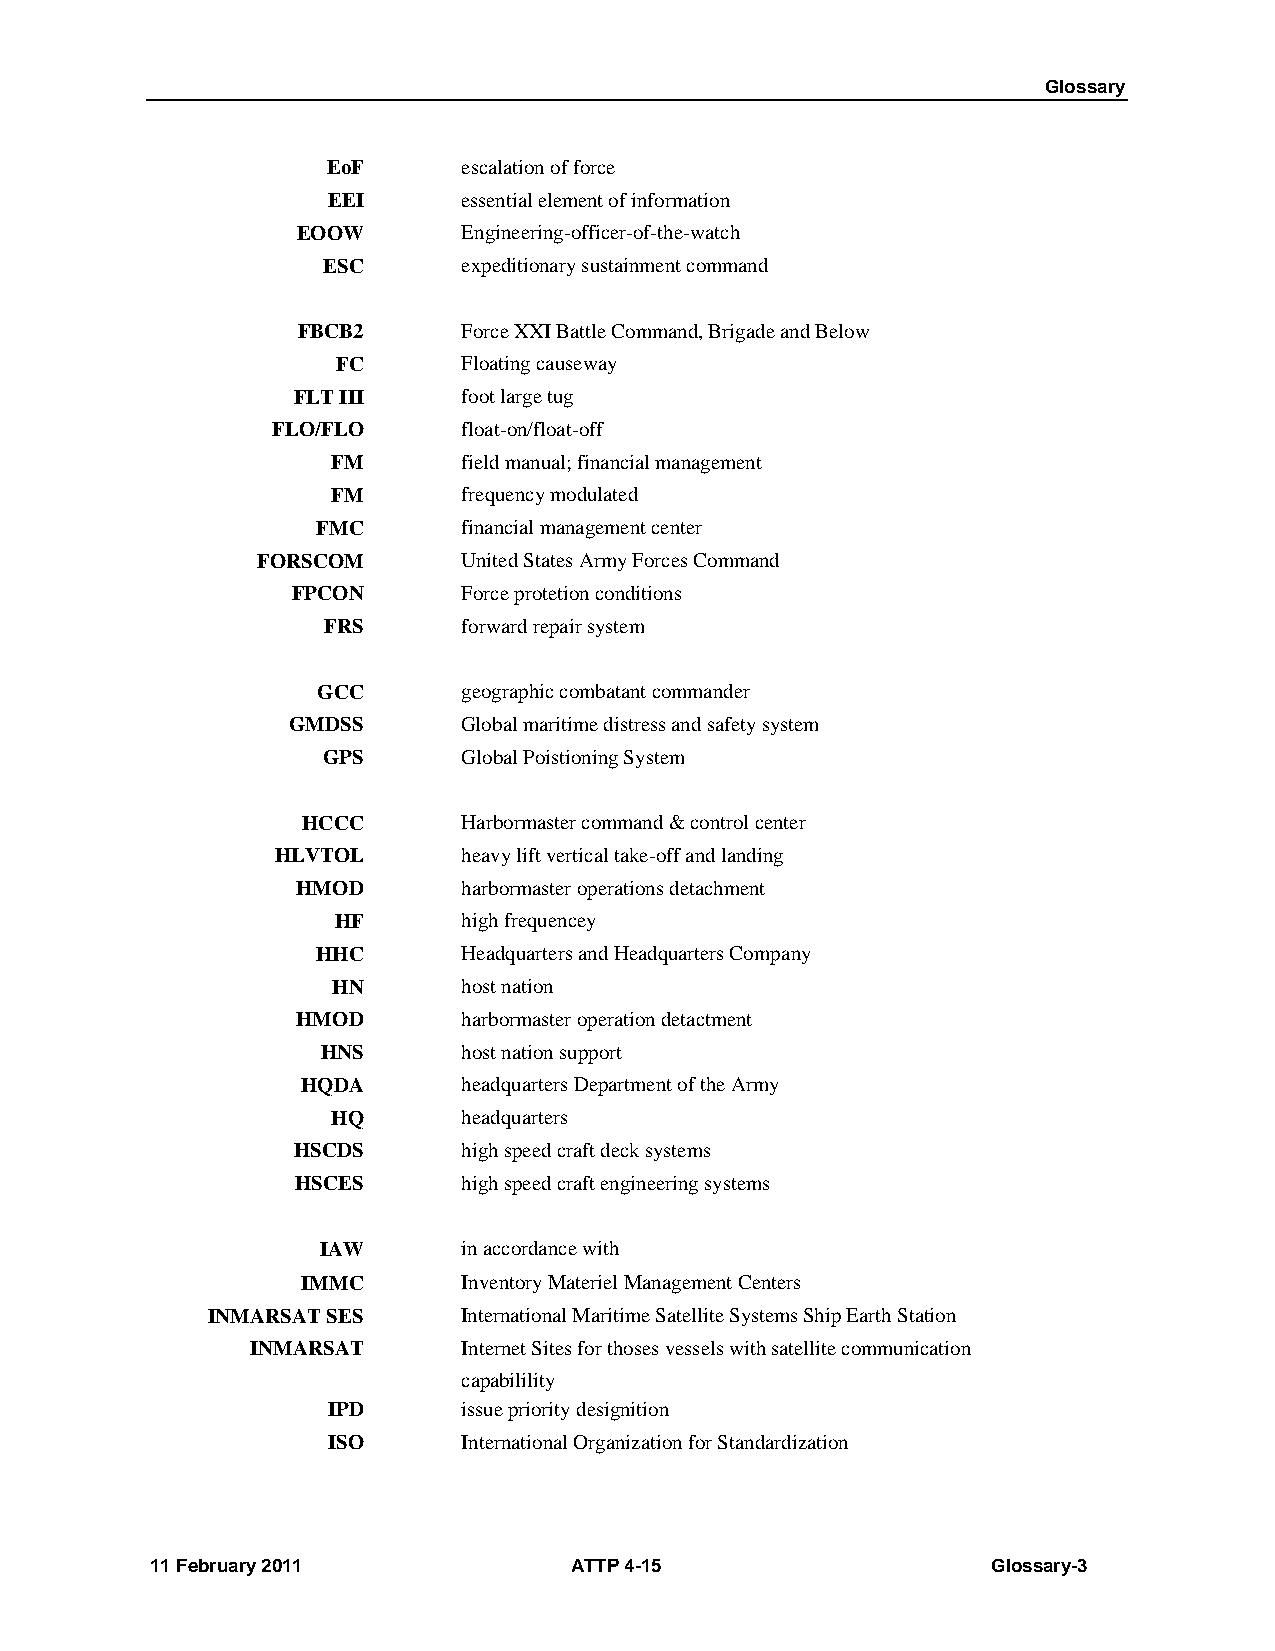
Glossary
 EoF      escalation of force
 EEI      essential element of information
 EOOW       Engineering-officer-of-the-watch
 ESC       expeditionary sustainment command
 FBCB2      Force XXI Battle Command, Brigade and Below
 FC       Floating causeway
 FLT III     foot large tug
 FLO/FLO      float-on/float-off
 FM       field manual; financial management
 FM       frequency modulated
 FMC       financial management center
 FORSCOM       United States Army Forces Command
 FPCON       Force protetion conditions
 FRS       forward repair system
 GCC       geographic combatant commander
 GMDSS       Global maritime distress and safety system
 GPS       Global Poistioning System
 HCCC       Harbormaster command & control center
 HLVTOL       heavy lift vertical take-off and landing
 HMOD       harbormaster operations detachment
 HF       high frequencey
 HHC       Headquarters and Headquarters Company
 HN       host nation
 HMOD       harbormaster operation detactment
 HNS       host nation support
 HQDA       headquarters Department of the Army
 HQ       headquarters
 HSCDS       high speed craft deck systems
 HSCES      high speed craft engineering systems
 IAW       in accordance with
 IMMC       Inventory Materiel Management Centers
 INMARSAT SES     International Maritime Satellite Systems Ship Earth Station
 INMARSAT      Internet Sites for thoses vessels with satellite communication
 capabilility
 IPD      issue priority designition
 ISO      International Organization for Standardization
 11 February 2011            ATTP 4-15                   Glossary-3